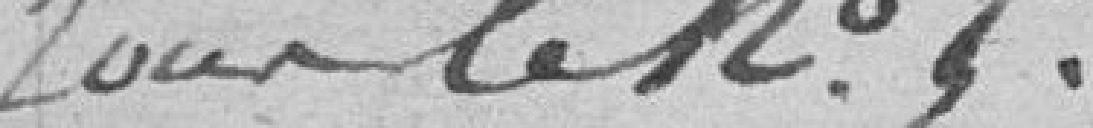
pour le N° ..